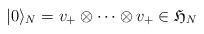
LaTeX: \begin{align*}|0\rangle_N=v_+\otimes\cdots\otimes v_+\in\mathfrak{H}_N\end{align*}